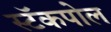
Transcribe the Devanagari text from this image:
स्टॅकपोल